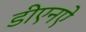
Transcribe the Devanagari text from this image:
डीएनऐ